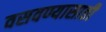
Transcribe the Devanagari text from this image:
वसवण्यासाठी